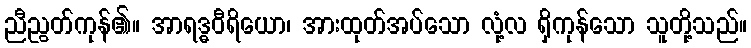
ညီညွတ်ကုန်၏။ အာရဒ္ဓဝီရိယော၊ အားထုတ်အပ်သော လုံ့လ ရှိကုန်သော သူတို့သည်။